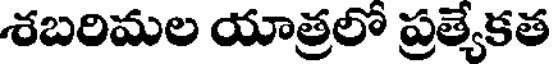
శబరిమల యాత్రలో ప్రత్యేకత